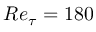
R e _ { \tau } = 1 8 0